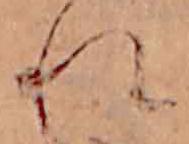
れ